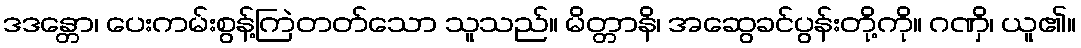
ဒဒန္တော၊ ပေးကမ်းစွန့်ကြဲတတ်သော သူသည်။ မိတ္တာနိ၊ အဆွေခင်ပွန်းတို့ကို။ ဂဏှိ၊ ယူ၏။